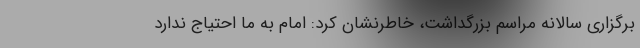
برگزاری سالانه مراسم بزرگداشت، خاطرنشان کرد: امام به ما احتیاج ندارد